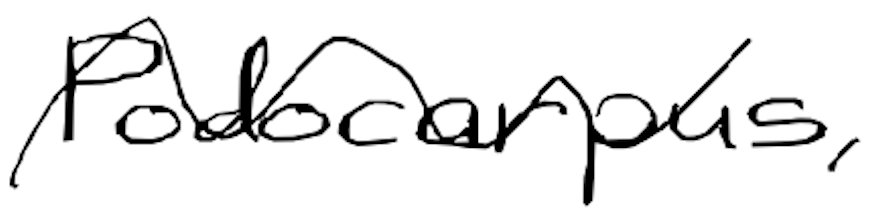
Text: Podocarpus,
Cross-out: wave
Writing tool: digital_black